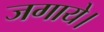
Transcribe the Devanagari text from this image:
जगाये।